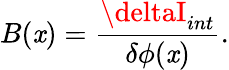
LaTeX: B(\mathit{x})=\frac{{\deltaI_{int}}}{{\delta\phi(\mathit{x})}}.